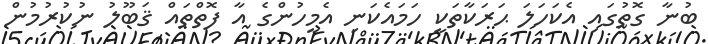
ބުނާ ގޮތުގައި އެކަހަލަ ޙަރަކާތަކީ ހަމައެކަނި އެމީހުންގެ އާ ފޮތްތައް ޤަބޫލު ނުކުރުމުން